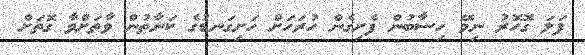
ފަލަ ގޮހޮރު ނިމޭ ހިސާބުން ފެށިގެން ހުރަހަށް ހަށިގަނޑުގެ ކަނާތުން ވާތަށްވާ ގޮތަށް